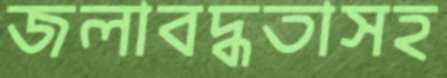
জলাবদ্ধতাসহ